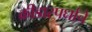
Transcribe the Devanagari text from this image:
क्रीडास्पर्धांचे